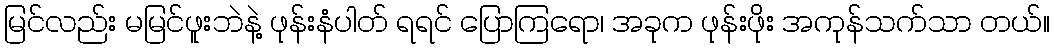
မြင်လည်း မမြင်ဖူးဘဲနဲ့ ဖုန်းနံပါတ် ရရင် ပြောကြရော၊ အခုက ဖုန်းဖိုး အကုန်သက်သာ တယ်။